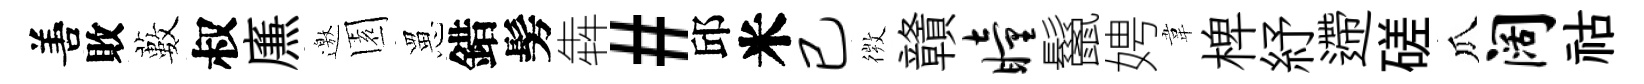
𠵊敗藪叔㢘邀園罳錯髣犇#邱米已𢕄贛瞳鬣娉韋椑紓遰磋瓜阔祜